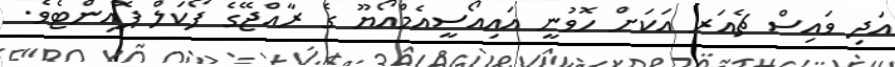
އަދި ވައިސް ޗެއަރ އަކަށް ހޮވުނީ އައިއޯސީއެމްއޯޔޫ ގެ ރާއްޖޭގެ ފޯކަލް ޕޮއިންޓެވެ.